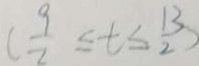
( \frac { 9 } { 2 } \leq t \leq \frac { 1 3 } { 2 } )